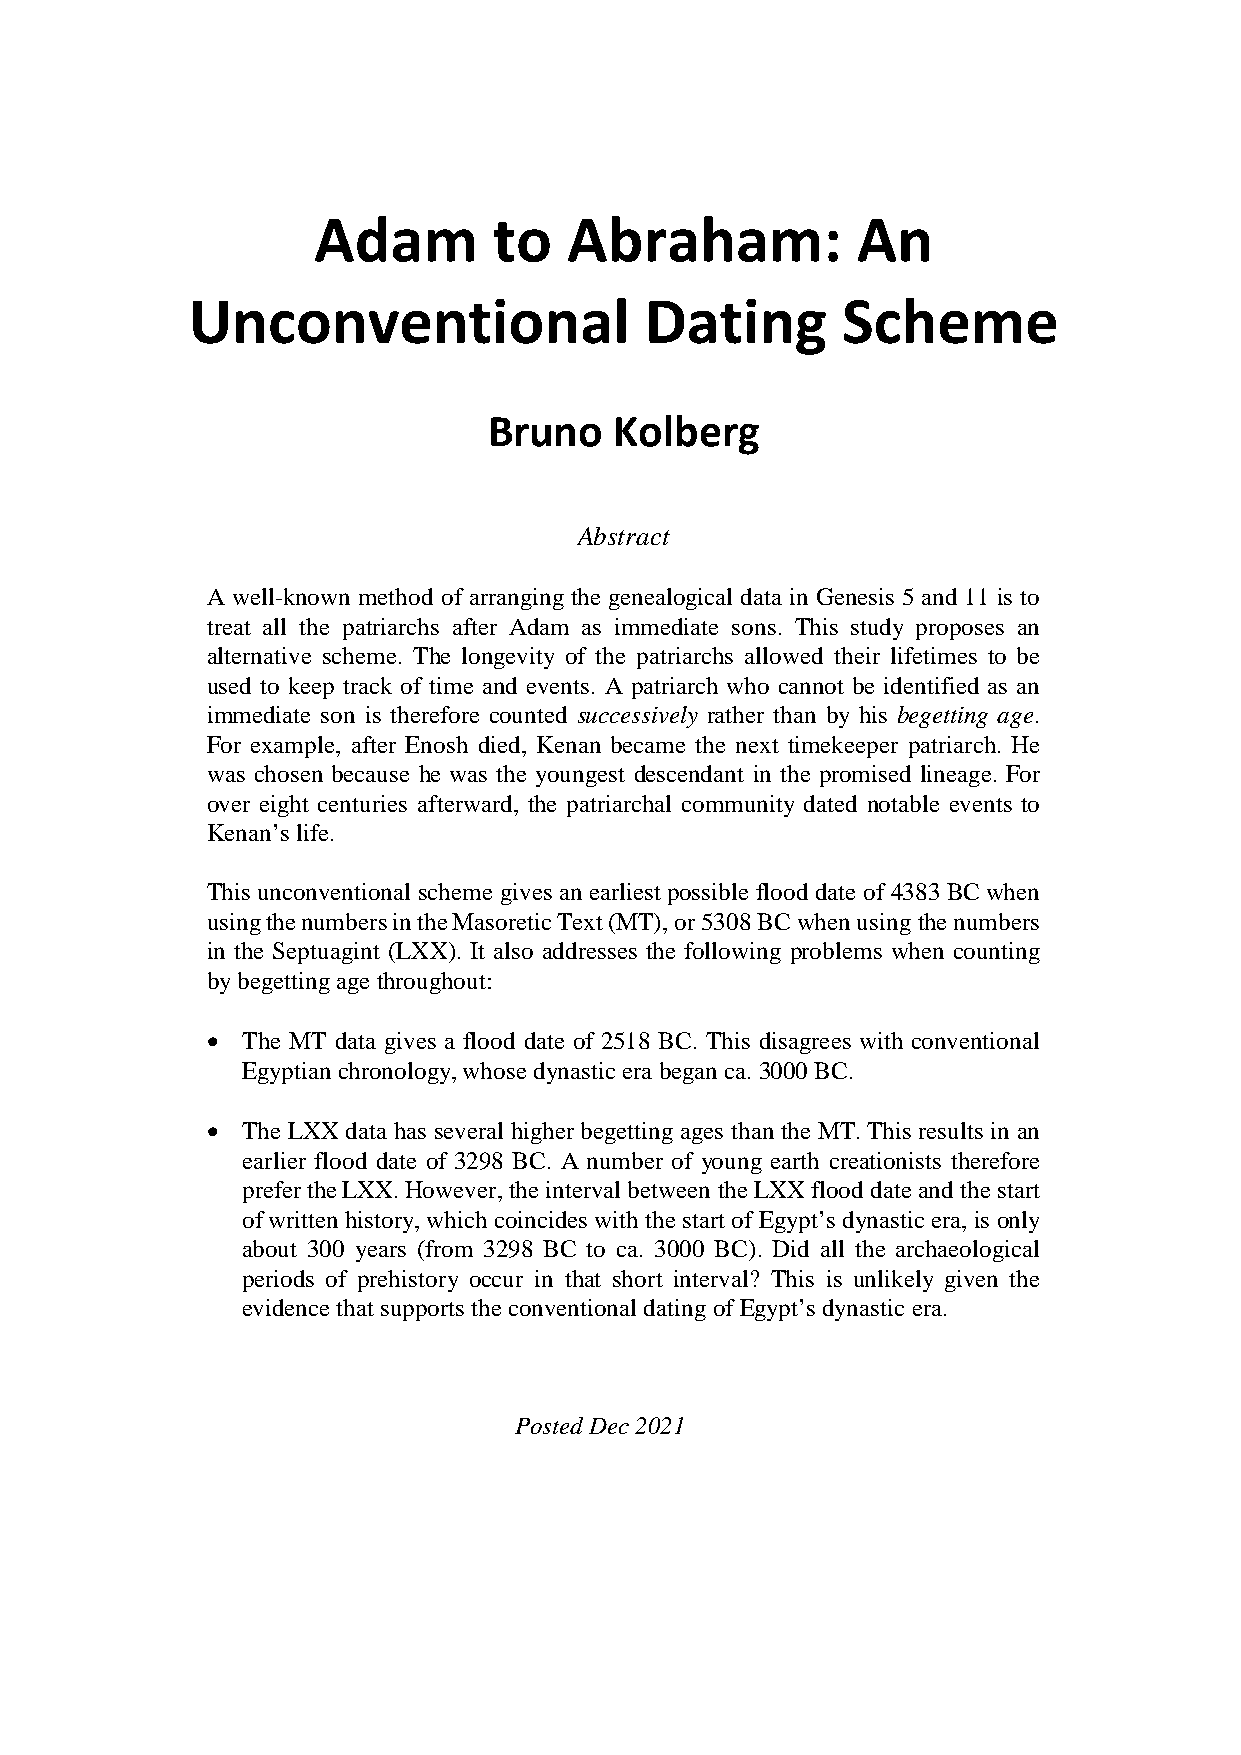
Adam        to   Abraham:           An
 Unconventional                 Dating       Scheme
 Bruno    Kolberg
 Abstract
 A well-known method of arranging the genealogical data in Genesis 5 and 11 is to
 treat all the patriarchs after Adam as immediate sons. This study proposes an
 alternative scheme. The longevity of the patriarchs allowed their lifetimes to be
 used to keep track of time and events. A patriarch who cannot be identified as an
 immediate son is therefore counted successively rather than by his begetting age.
 For example, after Enosh died, Kenan became the next timekeeper patriarch. He
 was chosen because he was the youngest descendant in the promised lineage. For
 over eight centuries afterward, the patriarchal community dated notable events to
 Kenan’s life.
 This unconventional scheme gives an earliest possible flood date of 4383 BC when
 using the numbers in the Masoretic Text (MT), or 5308 BC when using the numbers
 in the Septuagint (LXX). It also addresses the following problems when counting
 by begetting age throughout:
 • The MT data gives a flood date of 2518 BC. This disagrees with conventional
 Egyptian chronology, whose dynastic era began ca. 3000 BC.
 • The LXX data has several higher begetting ages than the MT. This results in an
 earlier flood date of 3298 BC. A number of young earth creationists therefore
 prefer the LXX. However, the interval between the LXX flood date and the start
 of written history, which coincides with the start of Egypt’s dynastic era, is only
 about 300 years (from 3298 BC to ca. 3000 BC). Did all the archaeological
 periods of prehistory occur in that short interval? This is unlikely given the
 evidence that supports the conventional dating of Egypt’s dynastic era.
 Posted Dec 2021